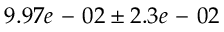
9 . 9 7 e \mathrm { ~ - ~ } 0 2 \pm 2 . 3 e \mathrm { ~ - ~ } 0 2